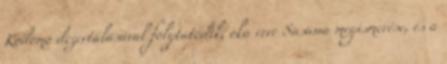
Kodomo dezertálásával folytatódik, oka erre Sasawa megismerése, és a